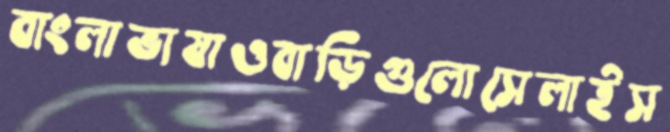
বাংলাভাষাওবাড়িগুলোসেলাইস